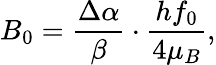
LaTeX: B_{0}=\frac{\Delta\alpha}{\beta}\cdot\frac{hf_{0}}{4\mu_{B}},